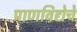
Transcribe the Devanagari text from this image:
प्राणविद्येचे